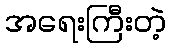
အရေးကြီးတဲ့